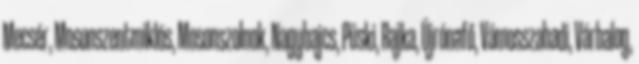
Mecsér, Mosonszentmiklós, Mosonszolnok, Nagybajcs, Püski, Rajka, Újrónafő, Vámosszabadi, Várbalog,